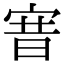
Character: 㝜